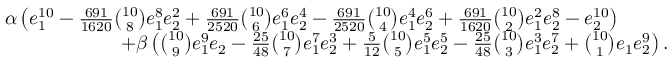
\begin{array} { r l } & { \alpha \left( e _ { 1 } ^ { 1 0 } - \frac { 6 9 1 } { 1 6 2 0 } \binom { 1 0 } 8 e _ { 1 } ^ { 8 } e _ { 2 } ^ { 2 } + \frac { 6 9 1 } { 2 5 2 0 } \binom { 1 0 } 6 e _ { 1 } ^ { 6 } e _ { 2 } ^ { 4 } - \frac { 6 9 1 } { 2 5 2 0 } \binom { 1 0 } 4 e _ { 1 } ^ { 4 } e _ { 2 } ^ { 6 } + \frac { 6 9 1 } { 1 6 2 0 } \binom { 1 0 } 2 e _ { 1 } ^ { 2 } e _ { 2 } ^ { 8 } - e _ { 2 } ^ { 1 0 } \right) } \\ & { \qquad \qquad \qquad + \beta \left( \binom { 1 0 } 9 e _ { 1 } ^ { 9 } e _ { 2 } - \frac { 2 5 } { 4 8 } \binom { 1 0 } 7 e _ { 1 } ^ { 7 } e _ { 2 } ^ { 3 } + \frac 5 { 1 2 } \binom { 1 0 } 5 e _ { 1 } ^ { 5 } e _ { 2 } ^ { 5 } - \frac { 2 5 } { 4 8 } \binom { 1 0 } 3 e _ { 1 } ^ { 3 } e _ { 2 } ^ { 7 } + \binom { 1 0 } 1 e _ { 1 } e _ { 2 } ^ { 9 } \right) . } \end{array}